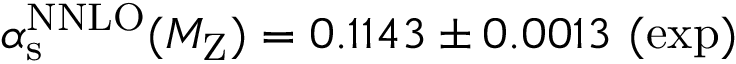
\alpha _ { \mathrm { s } } ^ { \mathrm { N N L O } } ( M _ { \mathrm { Z } } ) = 0 . 1 1 4 3 \pm 0 . 0 0 1 3 ~ ( \mathrm { e x p ) }